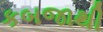
કબજાથી